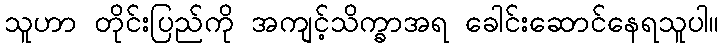
သူဟာ တိုင်းပြည်ကို အကျင့်သိက္ခာအရ ခေါင်းဆောင်နေရသူပါ။